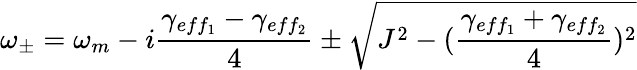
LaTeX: \omega_{\pm}=\omega_{m}-i\frac{\gamma_{eff_{1}}-\gamma_{eff_{2}}}{4}\pm\sqrt{J^{2}-(\frac{\gamma_{eff_{1}}+\gamma_{eff_{2}}}{4})^{2}}